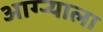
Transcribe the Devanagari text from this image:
आग्र्‍याला